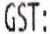
GST: